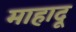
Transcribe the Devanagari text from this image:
माहादू